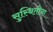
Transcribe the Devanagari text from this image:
सुस्थितीचा